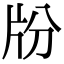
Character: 𤖭